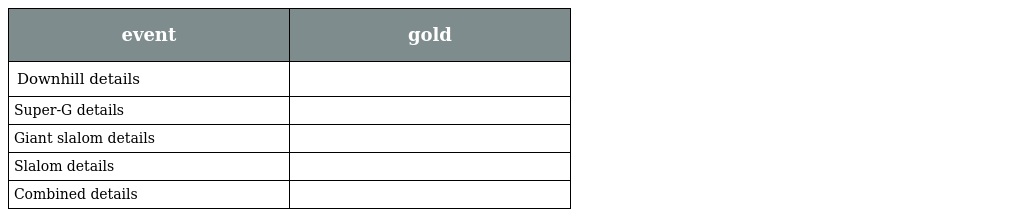
| event | gold |
 | --- | --- |
 | Downhill details |  |
 | Super-G details |  |
 | Giant slalom details |  |
 | Slalom details |  |
 | Combined details |  |